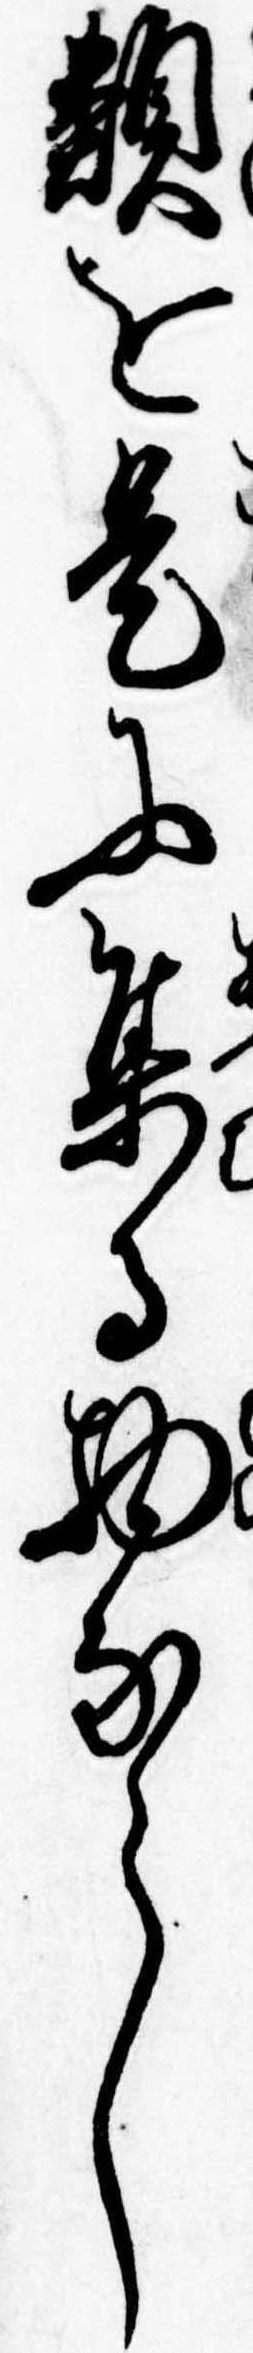
類を是に集る物ならし